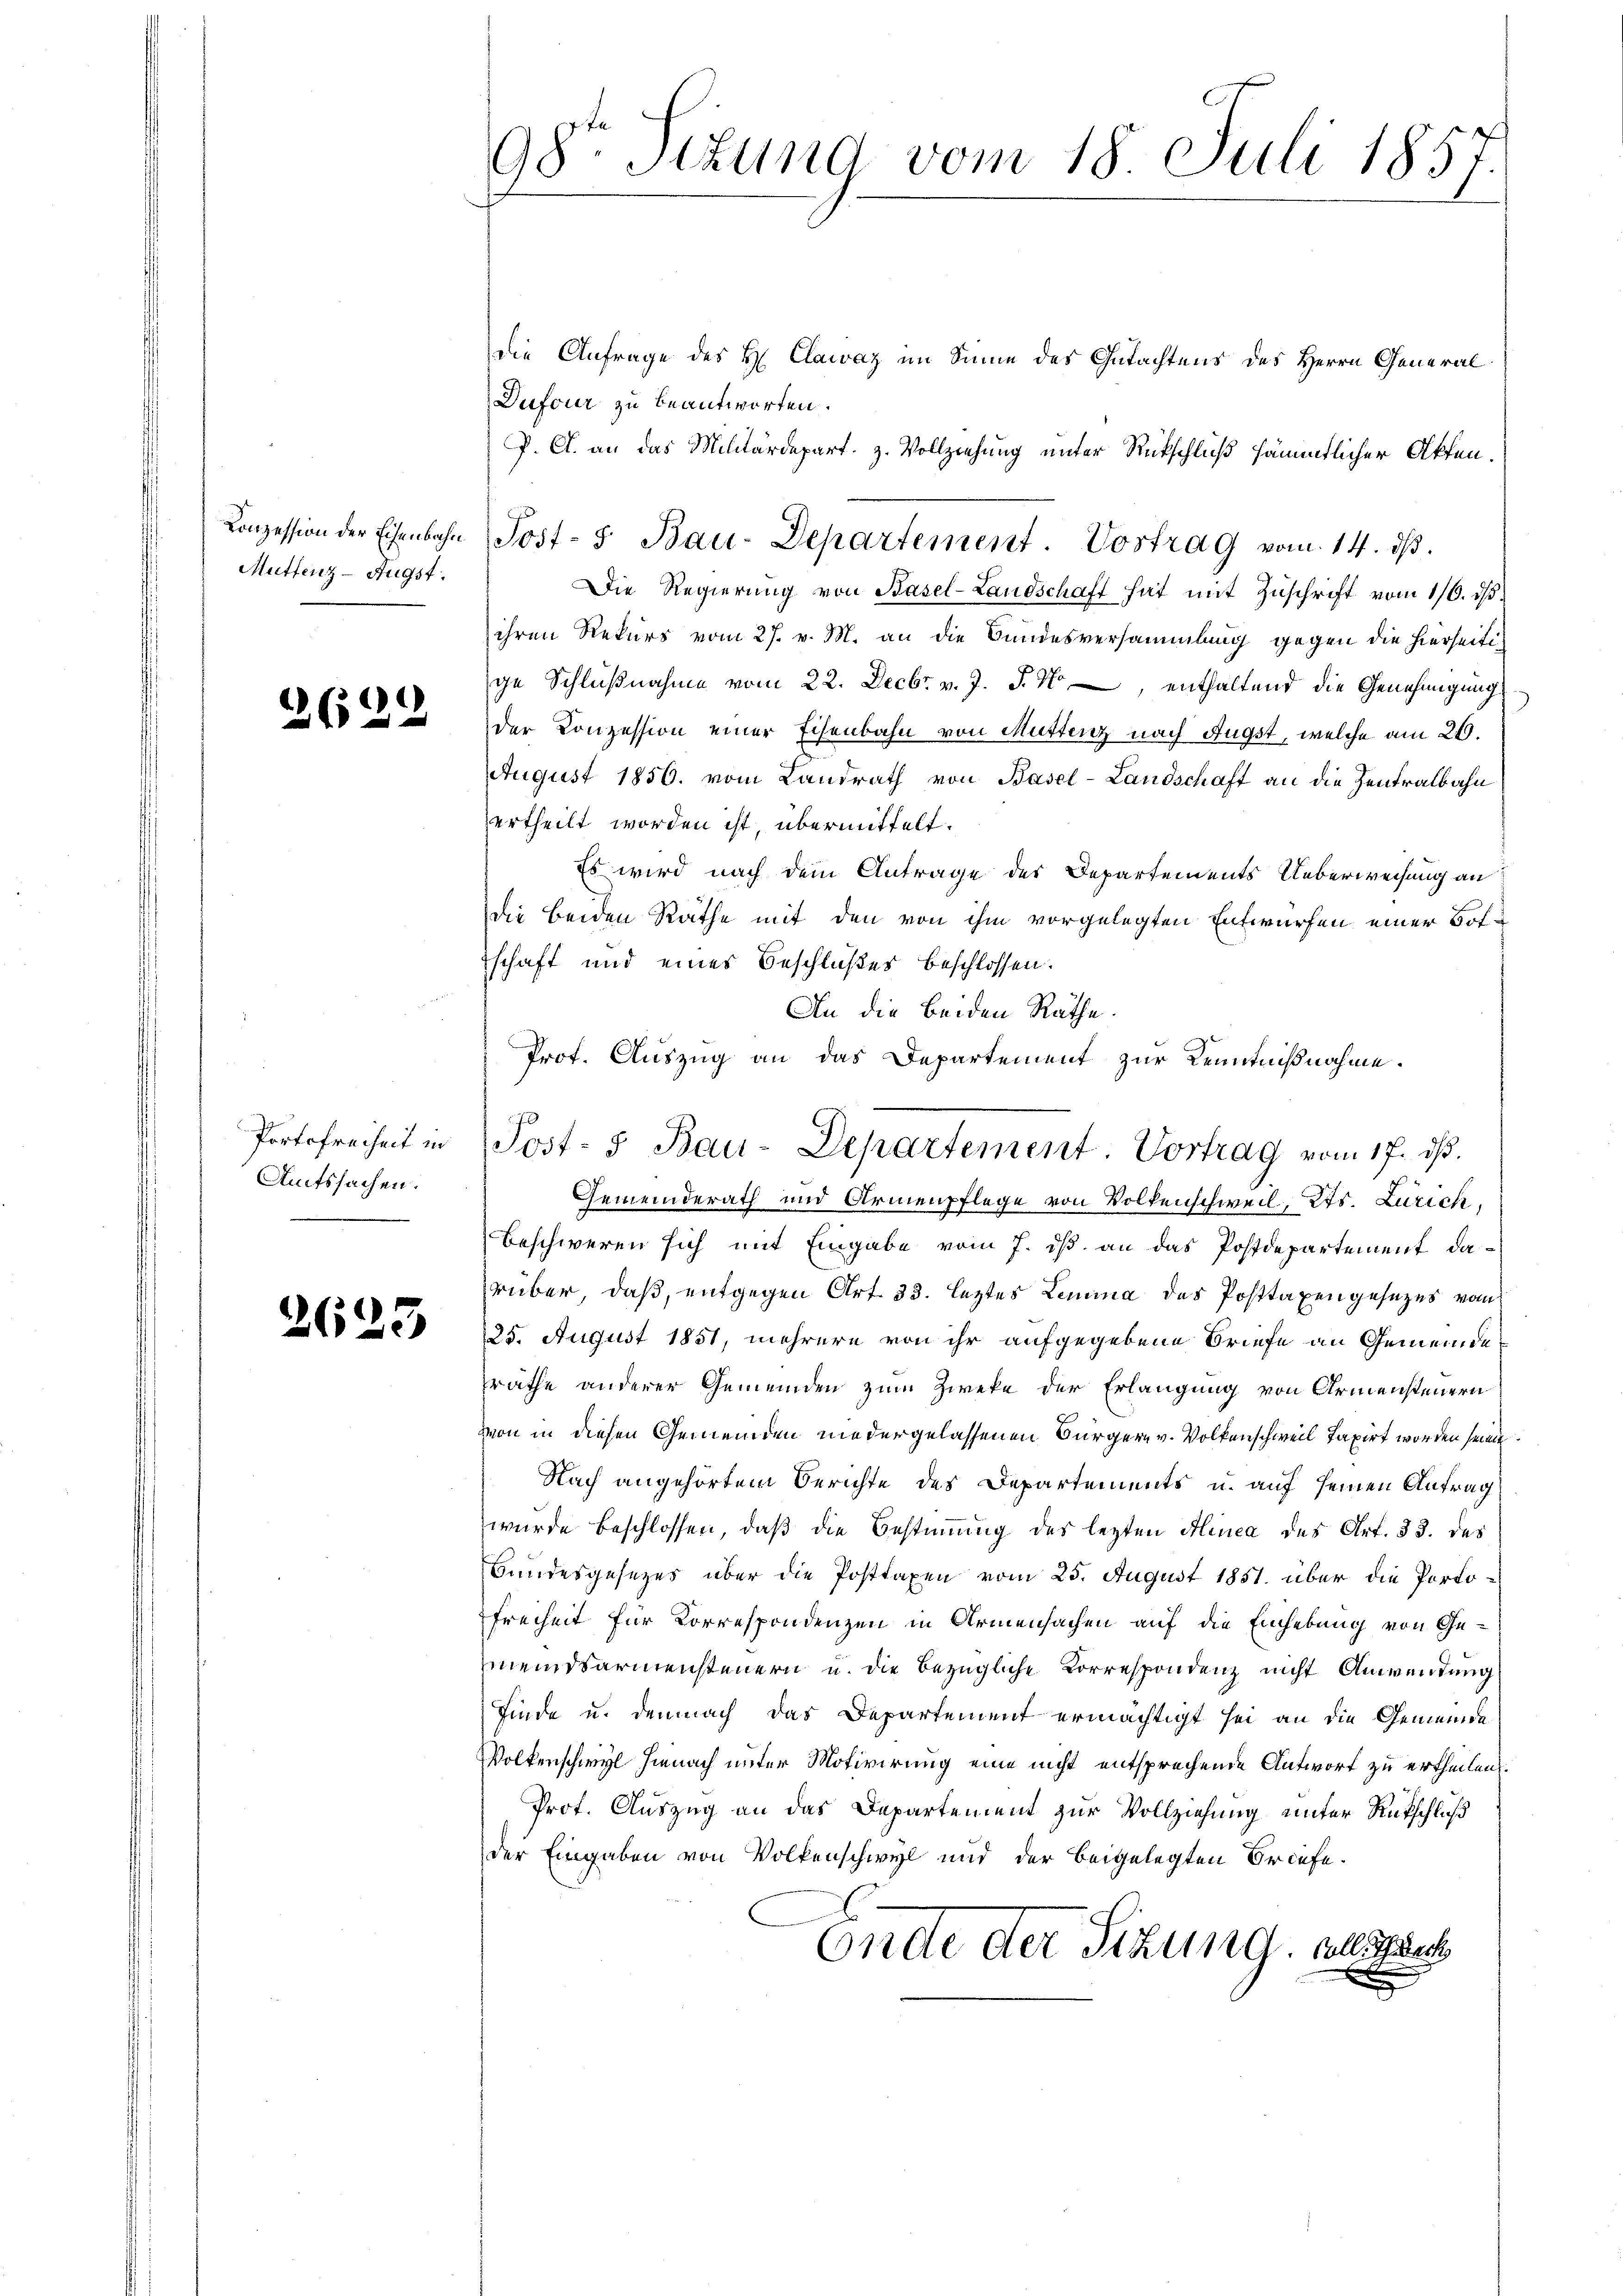
Conzession der Eisenbahn
Muttenz-Augst.

2 (122

Portofreiheit in
Amtssachen.

2623

98te Sitzung vom 18. Juli 185.

die Anfrage des H. Clawaz im Sinne des Gutachtens des Herrn General
Dufour zu beantworten.
P. A. an das Militärdepart. z. Vollziehung unter Rückschluß sämmtlicher Akten.
Die Regierŭng von Basel-Landschaft hat mit Zŭschrift vom 1/6. ds.
ihren Rekurs vom 27. v. M. an die Bundesversammlung gegen die hierseitige Schlußnahme vom 22. Decbr. v. J. J. M., enthaltend die Genehmigung
der Konzession einer Eisenbahn von Muttenz nach Augst, welche am 26.
AAugust 1856. vom Landrath von Basel-Landschaft an die Zentralbahn
ertheilt worden ist, übermittelt.
Es wird nach dem Antrage des Departements Ueberweisung an
die beiden Räthe mit den von ihm vorgelegten Entwürfen einer Botschaft und eines Beschlußes beschlossen:
Gemeinderath und Armenpflege von Volkenschweil, Kts. Zürich,
beschweren sich mit Eingabe vom 7. ds. an das Postdepartement darüber, daß, entgegen Art. 33. leztes Lemma des Posttaxen gesezes vom
25. August 1851, mehrere von ihr aufgegebene Briefe an Gemeinderäthe anderer Gemeinden zum Zweke der Erlangung von Armensteuern
von in diesen Gemeinden niedergelassenen Bürgern v. Volkenschweil taxirt worden seinen
Nach angehörtem Berichte des Departements u. auf seinen Antrag
wurde beschlossen, daß die Bestimmung des lezten Minea des Art. 33. des
Bundesgesezes über die Posttaxen vom 25. August 1851. über die Porto¬
Freiheit für Korrespondenzen in Armensachen auf die Einhebung von Gemeindsarmensteuern u. die bezügliche Korrespondenz nicht Anwendung
finde u. demnach das Departement ermächtigt sei an die Gemeinde
Volkenschwyl hienach unter Motivirung eine nicht entsprechende Antwort zu ertheilen.
Prof. Auszug an das Departement zur Vollziehung unter Rutschluß
der Eingaben von Volkenschwyl und der beigelegten Briefe.
Ende der Sitzung, soll sech
c

Jost- 5. Bau-Departement. Vortrag vom 14. ds.

An die beiden Räthe.
Prot. Auszug an das Departement zur Kenntnißnahme.
Post- & Bau-Departement. Vortrag vom 17. ds.